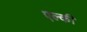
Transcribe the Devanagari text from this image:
एल्की